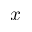
x